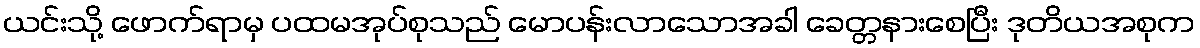
ယင်းသို့ ဖောက်ရာမှ ပထမအုပ်စုသည် မောပန်းလာသောအခါ ခေတ္တနားစေပြီး ဒုတိယအစုက